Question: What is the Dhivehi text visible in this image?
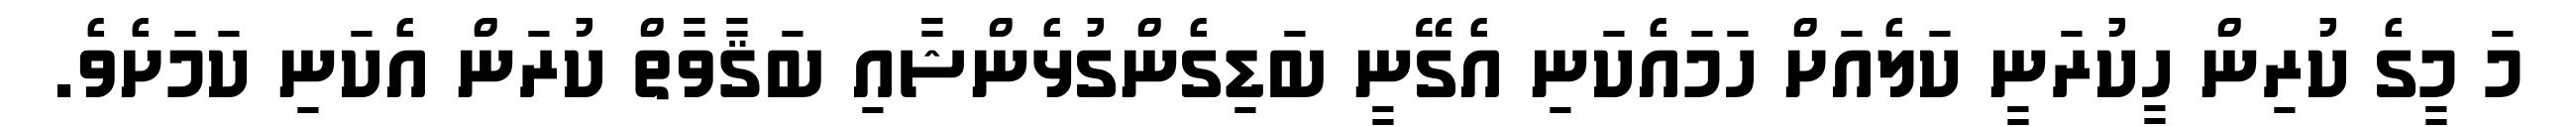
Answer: މަ މީގެ ކުރިން ހީކުރަނީ ކަލެއަށް ހަމައެކަނި އެގޭނީ ބަޑިގެންގުޅެންޝާއި ބަޤާވާތް ކުރަން އެކަނި ކަމަށެވެ.